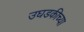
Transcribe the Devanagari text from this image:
उघडकीच्या